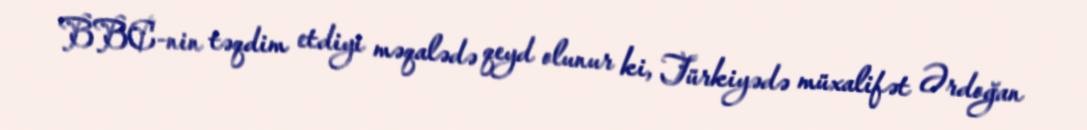
BBC-nin təqdim etdiyi məqalədə qeyd olunur ki, Türkiyədə müxalifət Ərdoğan